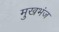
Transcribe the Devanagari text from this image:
मुखभंज